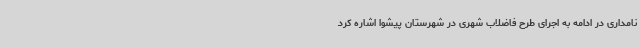
نامداری در ادامه به اجرای طرح فاضلاب شهری در شهرستان پیشوا اشاره کرد